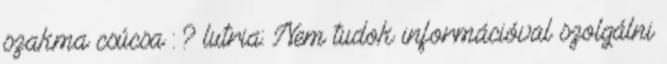
szakma csúcsa : ? lutria: Nem tudok információval szolgálni